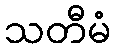
သတီမံ